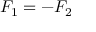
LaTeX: F _ { 1 } = - F _ { 2 }